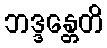
ဘဒ္ဒန္တေတိ